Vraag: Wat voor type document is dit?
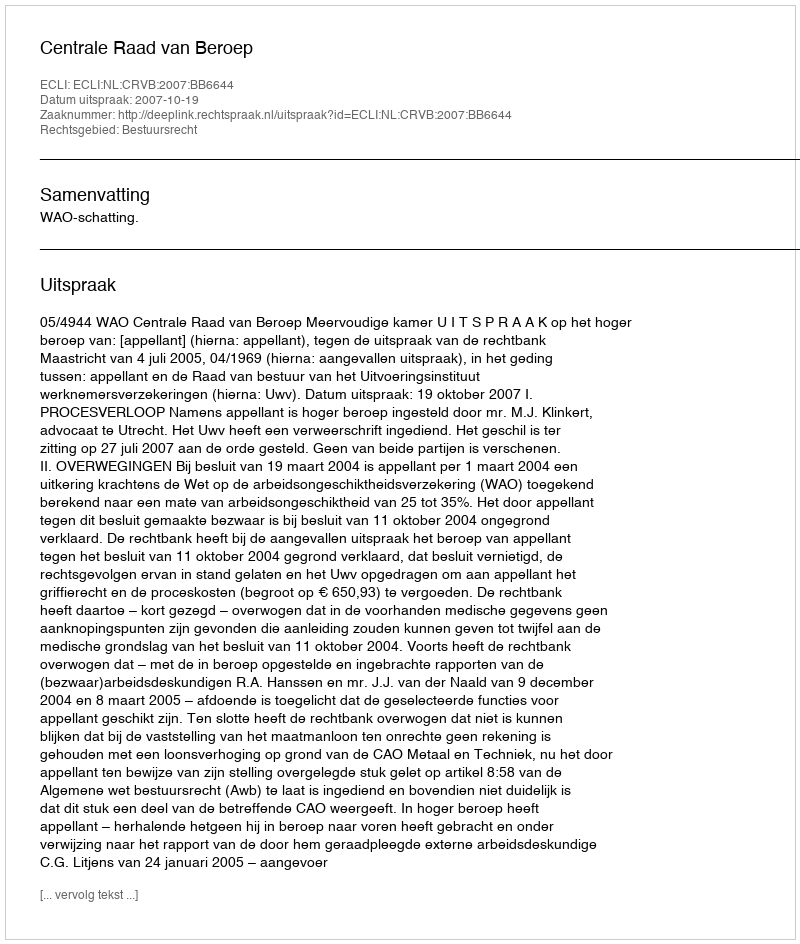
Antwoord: Uitspraak